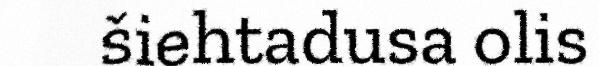
šiehtadusa olis